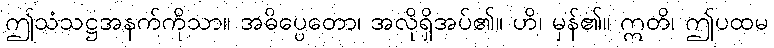
ဤသံသဋ္ဌအနက်ကိုသာ။ အဓိပ္ပေတော၊ အလိုရှိအပ်၏။ ဟိ၊ မှန်၏။ ဣတိ၊ ဤပထမ